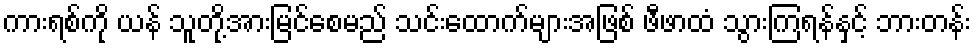
ကားရစ်ကို ယန် သူတို့အားမြင်စေမည် သင်းထောက်များအဖြစ် ဖီဖာထံ သွားကြရန်နှင့် ဘားတန်း